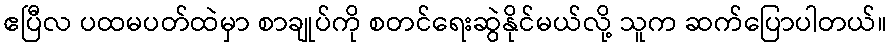
ဧပြီလ ပထမပတ်ထဲမှာ စာချုပ်ကို စတင်ရေးဆွဲနိုင်မယ်လို့ သူက ဆက်ပြောပါတယ်။